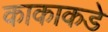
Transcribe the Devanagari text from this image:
काकाकडे